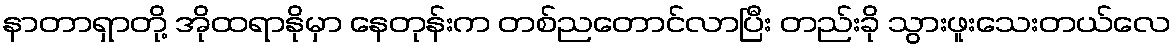
နာတာရှာတို့ အိုထရာနိုမှာ နေတုန်းက တစ်ညတောင်လာပြီး တည်းခို သွားဖူးသေးတယ်လေ